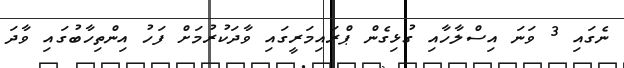
ނެގައި 3 ވަނަ އިސްލާހާއި ގުޅިގެން ޕްރައިމަރީގައި ވާދަކުރުމަށް ފަހު އިންތިހާބުގައި ވާދަ